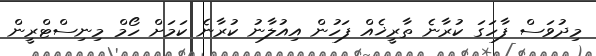
މިދުވަސް ފާހަގަ ކުރާނެ ތާރީޚެއް ފަހުން އިއުލާނު ކުރާނެ ކަމަށް ހޯމް މިނިސްޓްރީން